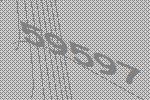
59597